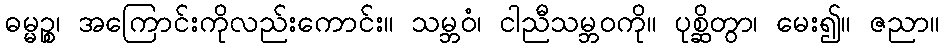
ဓမ္မဉ္စ၊ အကြောင်းကိုလည်းကောင်း။ သမ္ဘဝံ၊ ငါညီသမ္ဘဝကို။ ပုစ္ဆိတွာ၊ မေး၍။ ဇညာ။